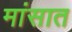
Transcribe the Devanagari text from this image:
मांसात